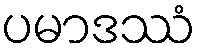
ပမာဒဿံ